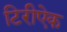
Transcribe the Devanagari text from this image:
टिरीऐक